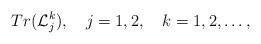
LaTeX: \begin{align*}Tr({\cal L}_j^k),\quad j=1,2,\quad k=1,2,\ldots,\end{align*}